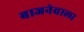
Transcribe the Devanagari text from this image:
बाजनेवाला